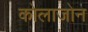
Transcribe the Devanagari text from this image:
कोलाजोन